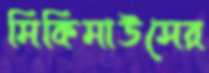
মিকিমাউসের